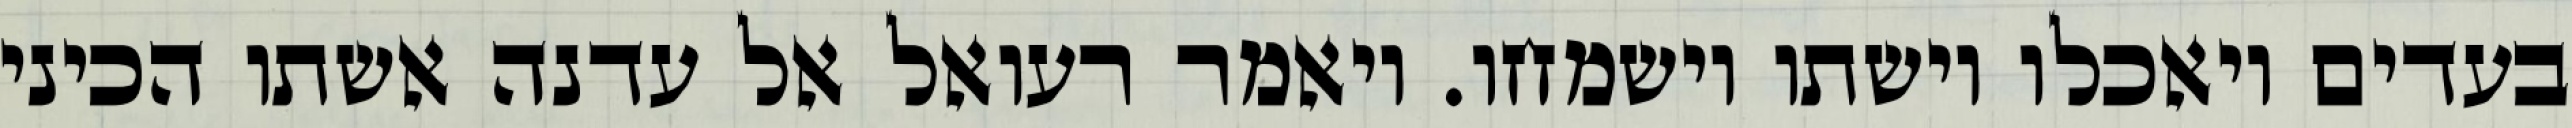
בעדים ויאכלו וישתו וישמחו. ויאמר רעואל אל עדנה אשתו הכיני